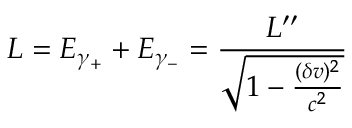
L = E _ { \gamma _ { + } } + E _ { \gamma _ { - } } = \frac { L ^ { \prime \prime } } { \sqrt { 1 - \frac { ( \delta v ) ^ { 2 } } { c ^ { 2 } } } }